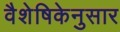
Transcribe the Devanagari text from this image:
वैशेषिकेनुसार